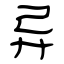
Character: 异